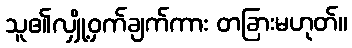
သူ၏လျှို့ဝှက်ချက်ကား တခြားမဟုတ်။